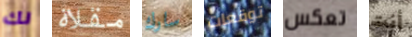
لك مقلاة سارك توقعات تعكس أنت